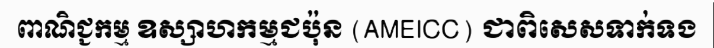
ពាណិជ្ជកម្ម ឧស្សាហកម្មជប៉ុន (AMEICC) ជាពិសេសទាក់ទង